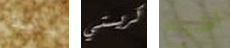
بهذا كريستي اضيع